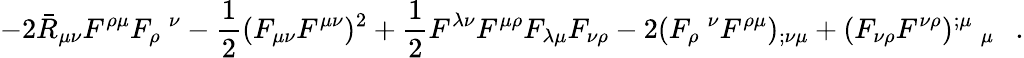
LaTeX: -2\bar{R}_{\mu\nu}F^{\rho\mu}F_{\rho}~^{\nu}-\frac 12(F_{\mu\nu}F^{\mu\nu})^{2}+\frac 12F^{\lambda\nu}F^{\mu\rho}F_{\lambda\mu}F_{\nu\rho}-2(F_{\rho}~^{\nu}F^{\rho\mu})_{;\nu\mu}+(F_{\nu\rho}F^{\nu\rho})^{;\mu}~_{\mu}~~~.